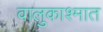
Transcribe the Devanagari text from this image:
वालुकाश्मात